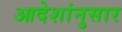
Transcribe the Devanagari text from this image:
आदेशांनुसार